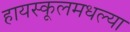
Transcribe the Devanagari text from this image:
हायस्कूलमधल्या